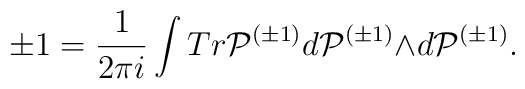
\pm 1=\frac{1}{2{\pi}i}\int Tr{\cal P}^{({\pm}1)}d{\cal P}^{({\pm}1)}{\wedge}d{\cal P}^{({\pm}1)}.